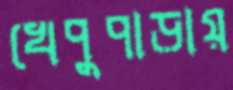
খেপুপাড়ায়